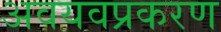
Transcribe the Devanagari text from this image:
अवयवप्रकरण